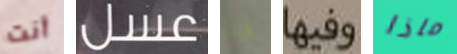
أنت عسل هنا وفيها ماذا